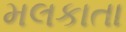
મલકાતા